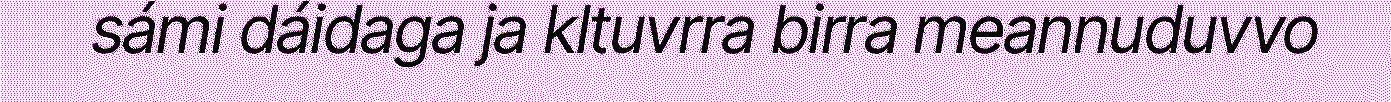
sámi dáidaga ja kltuvrra birra meannuduvvo